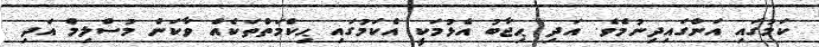
ކަމުގައި އަންގައިދިނުމެވެ. އަދި ޙިޖާބު އެޅުމަކީ އެކަމުގައި ޙިކްމަތްތަކެއް ވާކަން މުސްލިމް އަދި